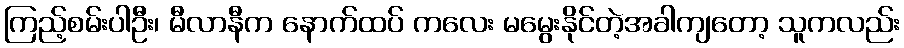
ကြည့်စမ်းပါဦး၊ မီလာနီက နောက်ထပ် ကလေး မမွေးနိုင်တဲ့အခါကျတော့ သူကလည်း